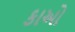
કાઓ